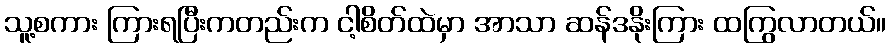
သူ့စကား ကြားရပြီးကတည်းက ငါ့စိတ်ထဲမှာ အာသာ ဆန်ဒနိုးကြား ထကြွလာတယ်။